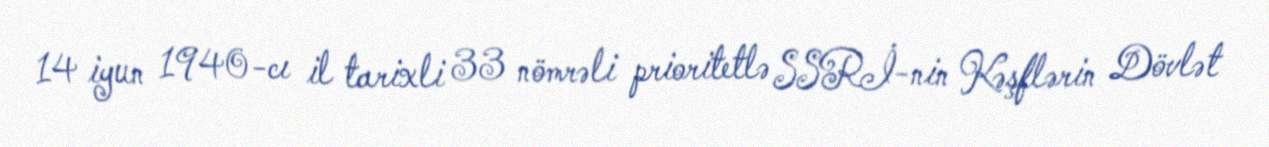
14 iyun 1940-cı il tarixli 33 nömrəli prioritetlə SSRİ-nin Kəşflərin Dövlət